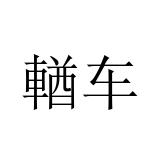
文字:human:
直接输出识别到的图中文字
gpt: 輶车